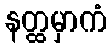
နတ္ထမှာကံ